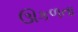
ઊકળતા